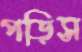
পড়িস